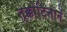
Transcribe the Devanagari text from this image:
तृक्कोटित्तानं